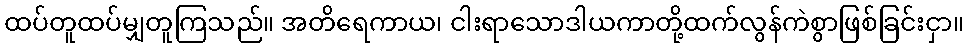
ထပ်တူထပ်မျှတူကြသည်။ အတိရေကာယ၊ ငါးရာသောဒါယကာတို့ထက်လွန်ကဲစွာဖြစ်ခြင်းငှာ။